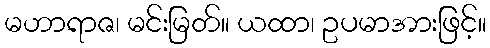
မဟာရာဇ၊ မင်းမြတ်။ ယထာ၊ ဥပမာအားဖြင့်။